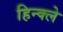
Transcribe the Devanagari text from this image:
हिन्क्ले